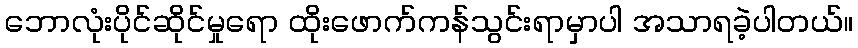
ဘောလုံးပိုင်ဆိုင်မှုရော ထိုးဖောက်ကန်သွင်းရာမှာပါ အသာရခဲ့ပါတယ်။